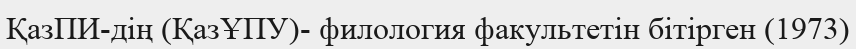
ҚазПИ-дің (ҚазҰПУ)- филология факультетін бітірген (1973)